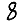
Digit: 8